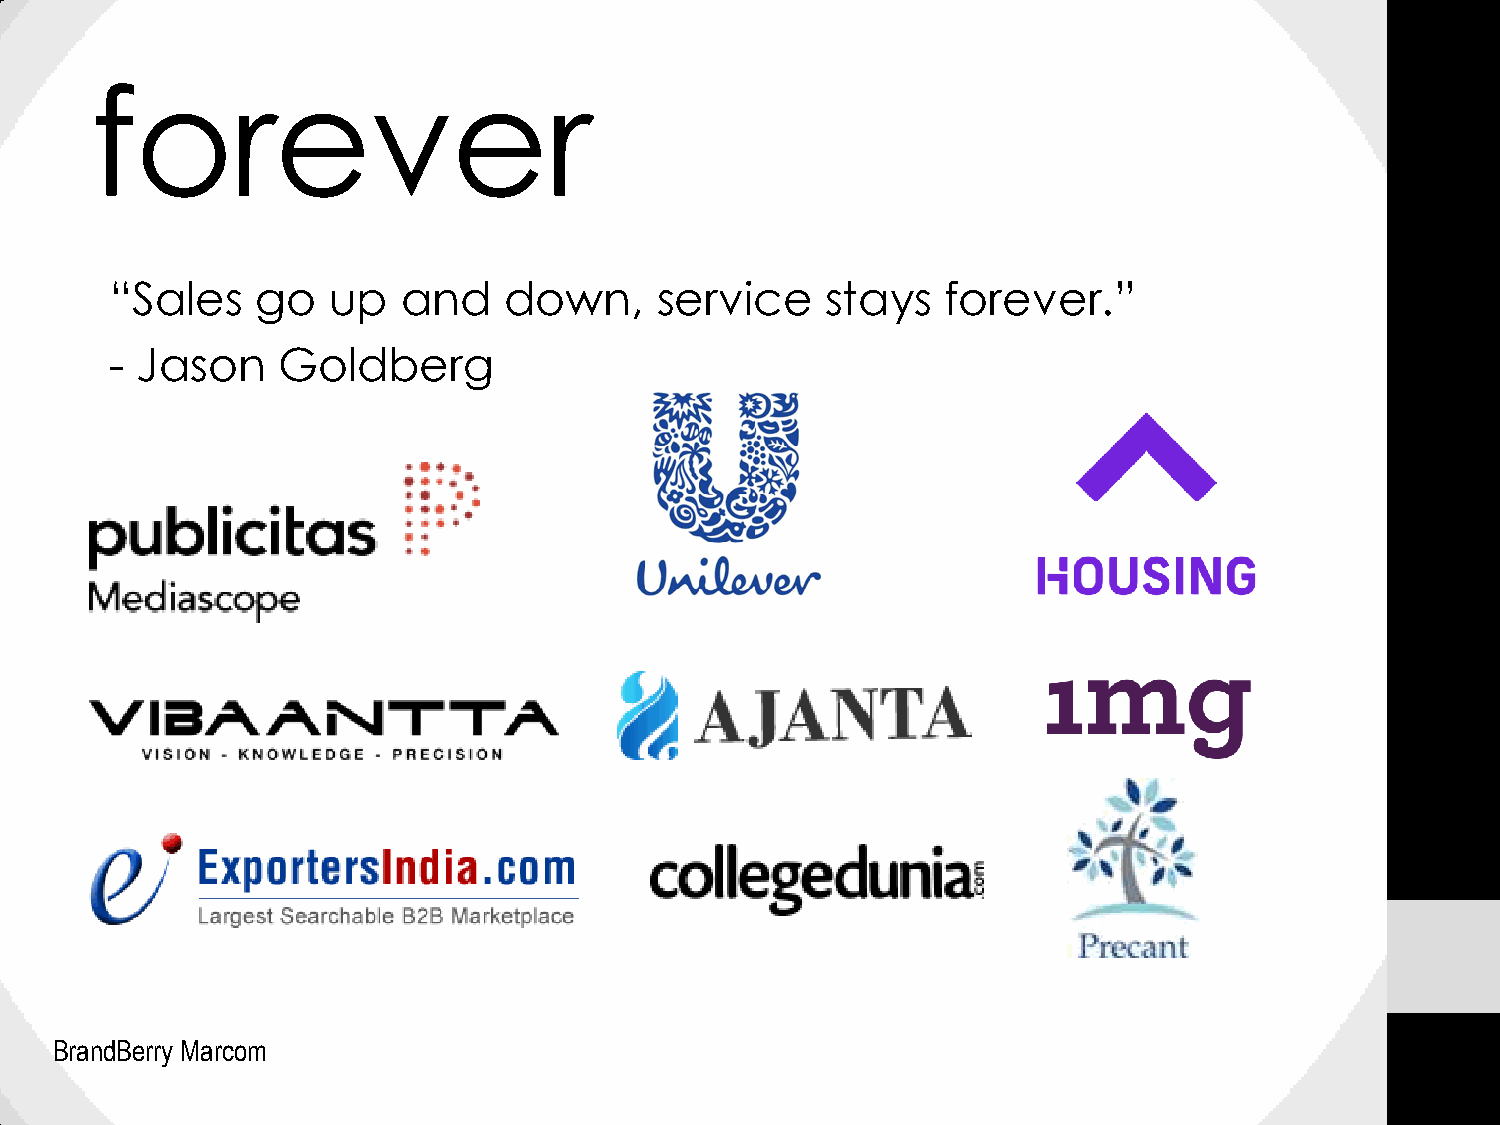
forever
 “Sales    go   up   and   down,     service     stays   forever.”
 - Jason    Goldberg
 BrandBerry Marcom